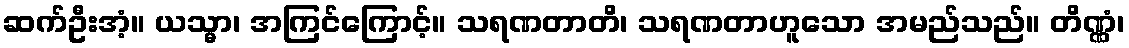
ဆက်ဦးအံ့။ ယသ္မာ၊ အကြင်ကြောင့်။ သရဏတာတိ၊ သရဏတာဟူသော အမည်သည်။ တိဏ္ဏံ၊